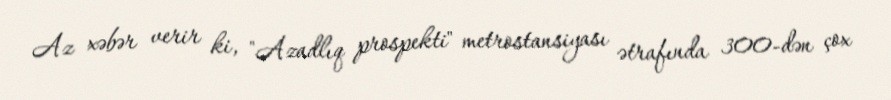
Az xəbər verir ki, "Azadlıq prospekti" metrostansiyası ətrafında 300-dən çox